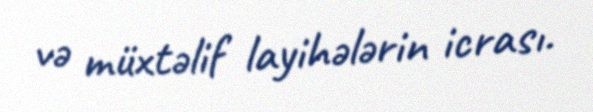
və müxtəlif layihələrin icrası.